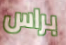
براس